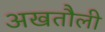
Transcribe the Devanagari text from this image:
अखतौली